Civil Veterinary Department. United Provinces 1923-31 - 1923-1931
Year: 1923
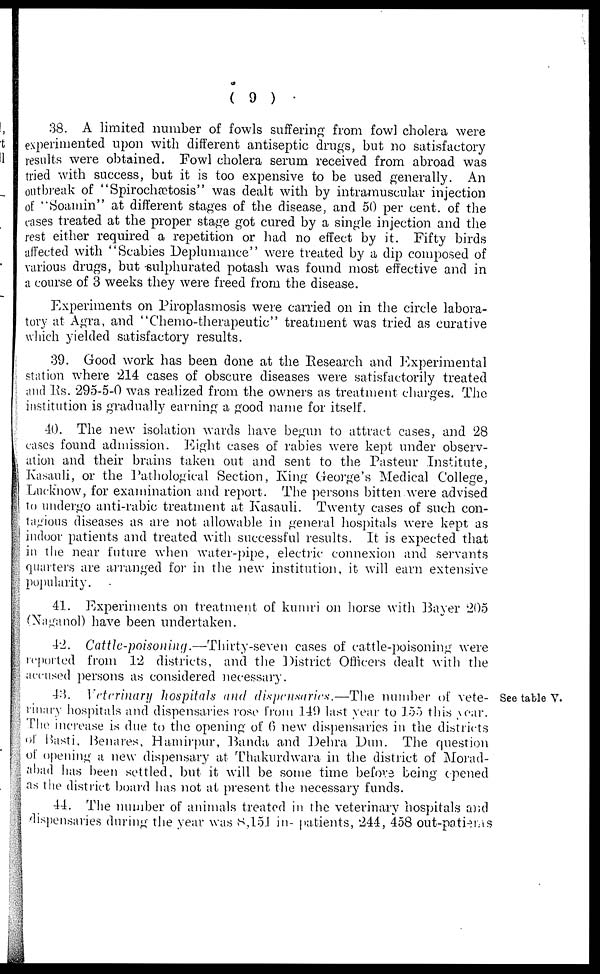
(9)
38. A limited number of fowls suffering from fowl cholera were
experimented upon with different antiseptic drugs, but no satisfactory
results were obtained. Fowl cholera serum received from abroad was
tried with success, but it is too expensive to be used generally. An
outbreak of "Spirochætosis" was dealt with by intramuscular injection
of "Soamin" at different stages of the disease, and 50 per cent. of the
vases treated at the proper stage got cured by a single injection and the
rest either required a repetition or had no effect by it. Fifty birds
affected with "Scabies Deplumance" were treated by a dip composed of
various drugs, but sulphurated potash was found most effective and in
a course of 3 weeks they were freed from the disease.
Experiments on Piroplasmosis were carried on in the circle labora-
tory at Agra, and "Chemo-therapeutic" treatment was tried as curative
which yielded satisfactory results.
39. Good work has been done at the Research and Experimental
station where 214 cases of obscure diseases were satisfactorily treated
and Rs. 295-5-0 was realized from the owners as treatment charges. The
institution is gradually earning a good name for itself.
40. The new isolation wards have begun to attract cases, and 28
cases found admission. Eight cases of rabies were kept under observ-
ation and their brains taken out and sent to the Pasteur Institute,
Kasauli, or the Pathological Section, King George's Medical College,
Lucknow, for examination and report. The persons bitten were advised
to undergo anti-rabic treatment at Kasauli. Twenty cases of such con-
tagious diseases as are not allowable in general hospitals were kept as
indoor patients and treated with successful results. It is expected that
in the near future when water-pipe, electric connexion and servants
quarters are arranged for in the new institution, it will earn extensive
popularity.
41. Experiments on treatment of kumri on horse with Bayer 205
(Naganol) have been undertaken.
42. Cattle-poisoning.—Thirty-seven
cases of cattle-poisoning were
reported from 12 districts, and the District Officers dealt with the
accused persons as considered necessary.
See table V.
43. Veterinary hospitals and dispensaries.—The
number of vete-
rinary hospitals and dispensaries rose from 140 last year to 155 this war.
The increase is due to the opening of 0 new dispensaries in the districts
of Basti, Benares, Hamirpur, Banda and Dehra Dun. The question
of opening a new dispensary at Thakurdwara in the district of Morad-
abad has been settled, but it will be some time before being opened
as the district board has not at present the necessary funds.
44. The number of animals treated in the veterinary hospitals and
dispensaries during the year was 8,154 in- patients, 244, 458 out-patents